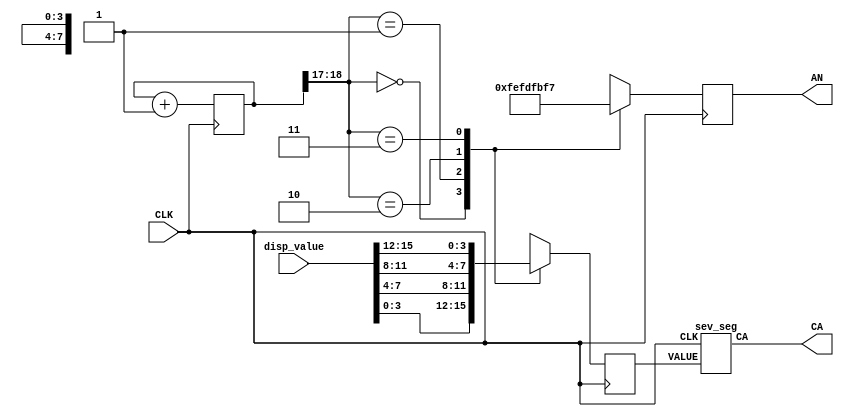
`timescale 1ns / 1ps
//////////////////////////////////////////////////////////////////////////////////
// Company: ERAU DB CEC 330
// 
// Design Name: 
// Module Name: sevenx8
// Project Name: Generic Modules
// Target Devices: XC7A100TCSG324
// Description: 
//		Expecting a 100 MHz clock or similar, for the brightness.
// 
// Revision:
// Revision 0.01 - File Created
// Additional Comments:
// 
//////////////////////////////////////////////////////////////////////////////////

module sevenx8(
    input CLK,
    input [15:0] disp_value,
    output reg [7:0] AN,
    output [7:0] CA
);

    reg [32:0] counter;
    reg [3:0] value;

    always @(posedge CLK) begin
        counter <= counter + 1;
        
        case (counter[18:17])
           0 : begin
                value <= disp_value [3:0];
                AN <= 8'b11111110;
                end
           1 : begin
               value <= disp_value [7:4];
               AN <= 8'b11111101;
               end
           2 : begin
               value <= disp_value [11:8];
               AN <= 8'b11111011;
               end
           3 : begin
               value <= disp_value [15:12];
               AN <= 8'b11110111;
               end        
        endcase
    end

    sev_seg sev_segment (
        .CLK(CLK),
        .CA(CA),
        .VALUE(value)
    );
endmodule

module sev_seg(
    input CLK,
    input [3:0] VALUE,
    output reg [7:0] CA
);

    always @(posedge CLK) begin
        case (VALUE)
            4'h0: CA <= 8'b11000000;
            4'h1: CA <= 8'b11111001;
            4'h2: CA <= 8'b10100100; 
            4'h3: CA <= 8'b10110000;
            4'h4: CA <= 8'b10011001; 
            4'h5: CA <= 8'b10010010; 
            4'h6: CA <= 8'b10000010; 
            4'h7: CA <= 8'b11111000; 
            4'h8: CA <= 8'b10000000;
            4'h9: CA <= 8'b10010000; 
            4'hA: CA <= 8'b10001000; 
            4'hB: CA <= 8'b10000011; 
            4'hC: CA <= 8'b11000110; 
            4'hD: CA <= 8'b10100001; 
            4'hE: CA <= 8'b10000110; 
            4'hF: CA <= 8'b10001110;
            default: CA <= 8'b11111111; // Handle invalid input gracefully
        endcase
    end    
endmodule